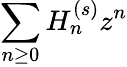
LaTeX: \sum_{n\geq 0}H_{n}^{(s)}z^{n}